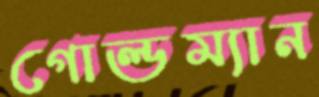
গোল্ডম্যান